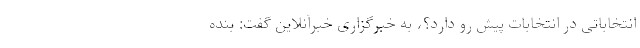
انتخاباتی در انتخابات پیش رو دارد؟، به خبرگزاری خبرآنلاین گفت: بنده